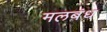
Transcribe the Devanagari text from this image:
मलबंध